Indian journal of veterinary science and animal husbandry - Volume 12,
Year: 1942
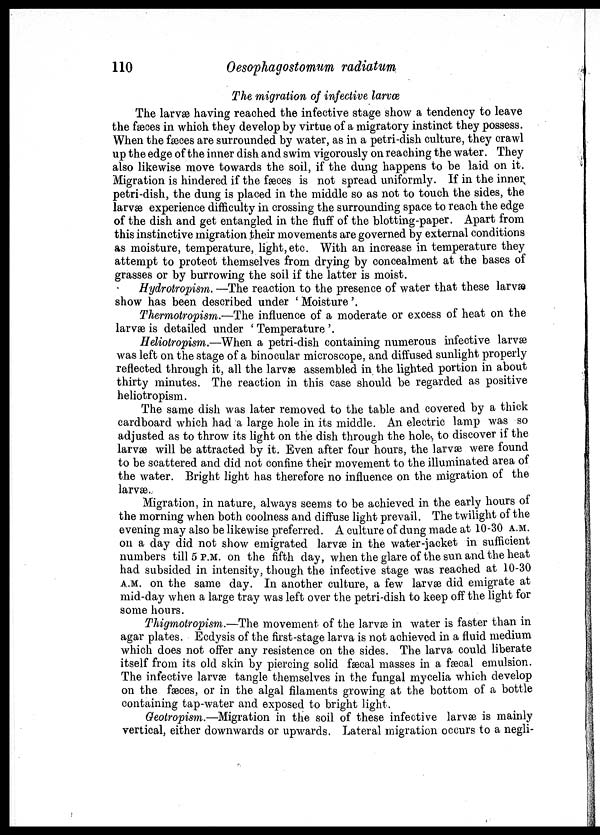
110
Oesophagostomum radiatum
The migration of infective larvæ
The larvæ having reached the infective stage show a tendency to leave
the fæces in which they develop by virtue of a migratory instinct they possess.
When the fæces are surrounded by water, as in a petri-dish culture, they crawl
up the edge of the inner dish and swim vigorously on reaching the water. They
also likewise move towards the soil, if the dung happens to be laid on it.
Migration is hindered if the fæces is not spread uniformly. If in the inner;
petri-dish, the dung is placed in the middle so as not to touch the sides, the
larvæ experience difficulty in crossing the surrounding space to reach the edge
of the dish and get entangled in the fluff of the blotting-paper. Apart from
this instinctive migration their movements are governed by external conditions
as moisture, temperature, light,etc. With an increase in temperature they
attempt to protect themselves from drying by concealment at the bases of
grasses or by burrowing the soil if the latter is moist.
Hydrotropism. —The reaction to the presence of water that these larvæ
show has been described under ' Moisture'.
Thermotropism.—The influence of a moderate or excess of heat on the
larvæ is detailed under ' Temperature '.
Heliotropism.—When a petri-dish containing numerous infective larvæ
was left on the stage of a binocular microscope, and diffused sunlight properly
reflected through it, all the larvæ assembled in the lighted portion in about
thirty minutes. The reaction in this case should be regarded as positive
heliotropism.
The same dish was later removed to the table and covered by a thick
cardboard which had a large hole in its middle. An electric lamp was so
adjusted as to throw its light on the dish through the hole, to discover if the
larvæ will be attracted by it. Even after four hours, the larvæ were found
to be scattered and did not confine their movement to the illuminated area of
the water. Bright light has therefore no influence on the migration of the
larvæ.
Migration, in nature, always seems to be achieved in the early hours of
the morning when both coolness and diffuse light prevail. The twilight of the
evening may also be likewise preferred. A culture of dung made at 10-30 A.M.
on a day did not show emigrated larvæ in the water-jacket in sufficient
numbers till 5 P.M. on the fifth day, when the glare of the sun and the heat
had subsided in intensity, though the infective stage was reached at 10-30
A.M. on the same day. In another culture, a few larvæ did emigrate at
mid-day when a large tray was left over the petri-dish to keep off the light for
some hours.
Thigmotropism.—The movement of the larvæ in water is faster than in
agar plates. Ecdysis of the first-stage larva is not achieved in a fluid medium
which does not offer any resistence on the sides. The larva could liberate
itself from its old skin by piercing solid fæcal masses in a fæcal emulsion.
The infective larvæ tangle themselves in the fungal mycelia which develop
on the fæces, or in the algal filaments growing at the bottom of a bottle
containing tap-water and exposed to bright light.
Geotropism.—Migration in the soil of these infective larvæ is mainly
vertical, either downwards or upwards. Lateral migration occurs to a negli¬